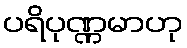
ပရိပုဏ္ဏမာဟု